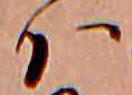
ハ